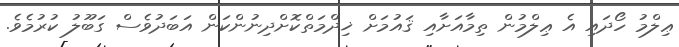
ޢިލްމު ހޯދައި އެ ޢިލްމުން ތިމާއަށާއި ޤައުމަށް ޚިދްމަތްކޮށްދިނުންކަން އަބަދުވެސް ގަބޫލު ކުރުމެވެ.